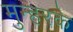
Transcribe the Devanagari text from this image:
मुन्हरके